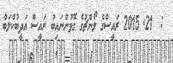
:  21